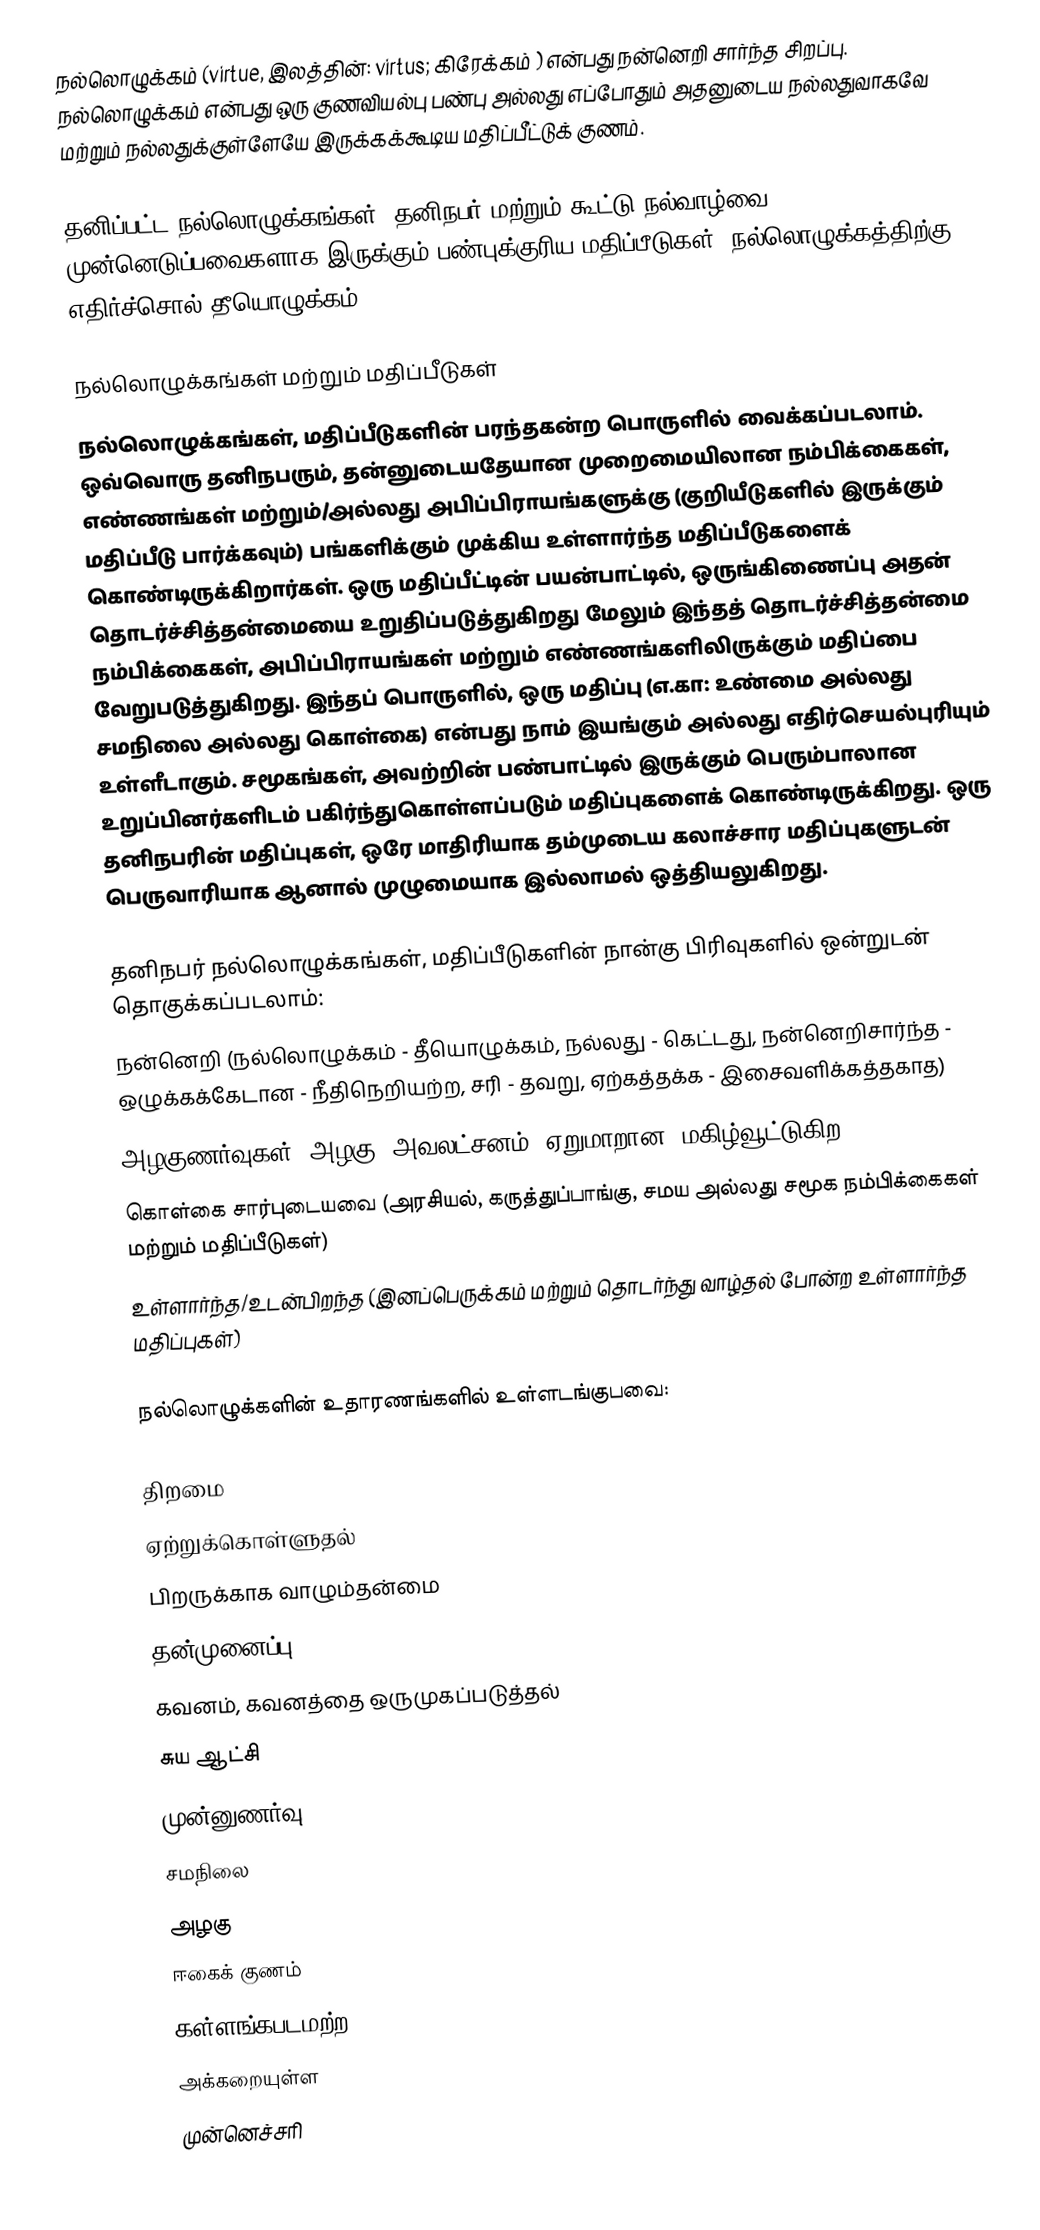
நல்லொழுக்கம் (virtue, இலத்தின்: virtus; கிரேக்கம் ) என்பது நன்னெறி சார்ந்த சிறப்பு. நல்லொழுக்கம் என்பது ஒரு குணவியல்பு பண்பு அல்லது எப்போதும் அதனுடைய நல்லதுவாகவே மற்றும் நல்லதுக்குள்ளேயே இருக்கக்கூடிய மதிப்பீட்டுக் குணம்.

தனிப்பட்ட நல்லொழுக்கங்கள், தனிநபர் மற்றும் கூட்டு நல்வாழ்வை முன்னெடுப்பவைகளாக இருக்கும் பண்புக்குரிய மதிப்பீடுகள். நல்லொழுக்கத்திற்கு எதிர்ச்சொல் தீயொழுக்கம்.

நல்லொழுக்கங்கள் மற்றும் மதிப்பீடுகள்
நல்லொழுக்கங்கள், மதிப்பீடுகளின் பரந்தகன்ற பொருளில் வைக்கப்படலாம். ஒவ்வொரு தனிநபரும், தன்னுடையதேயான முறைமையிலான நம்பிக்கைகள், எண்ணங்கள் மற்றும்/அல்லது அபிப்பிராயங்களுக்கு (குறியீடுகளில் இருக்கும் மதிப்பீடு பார்க்கவும்) பங்களிக்கும் முக்கிய உள்ளார்ந்த மதிப்பீடுகளைக் கொண்டிருக்கிறார்கள். ஒரு மதிப்பீட்டின் பயன்பாட்டில், ஒருங்கிணைப்பு அதன் தொடர்ச்சித்தன்மையை உறுதிப்படுத்துகிறது மேலும் இந்தத் தொடர்ச்சித்தன்மை நம்பிக்கைகள், அபிப்பிராயங்கள் மற்றும் எண்ணங்களிலிருக்கும் மதிப்பை வேறுபடுத்துகிறது. இந்தப் பொருளில், ஒரு மதிப்பு (எ.கா: உண்மை அல்லது சமநிலை அல்லது கொள்கை) என்பது நாம் இயங்கும் அல்லது எதிர்செயல்புரியும் உள்ளீடாகும். சமூகங்கள், அவற்றின் பண்பாட்டில் இருக்கும் பெரும்பாலான உறுப்பினர்களிடம் பகிர்ந்துகொள்ளப்படும் மதிப்புகளைக் கொண்டிருக்கிறது. ஒரு தனிநபரின் மதிப்புகள், ஒரே மாதிரியாக தம்முடைய கலாச்சார மதிப்புகளுடன் பெருவாரியாக ஆனால் முழுமையாக இல்லாமல் ஒத்தியலுகிறது.

தனிநபர் நல்லொழுக்கங்கள், மதிப்பீடுகளின் நான்கு பிரிவுகளில் ஒன்றுடன் தொகுக்கப்படலாம்:
 நன்னெறி (நல்லொழுக்கம் - தீயொழுக்கம், நல்லது - கெட்டது, நன்னெறிசார்ந்த - ஒழுக்கக்கேடான - நீதிநெறியற்ற, சரி - தவறு, ஏற்கத்தக்க - இசைவளிக்கத்தகாத)
 அழகுணர்வுகள் (அழகு, அவலட்சனம், ஏறுமாறான, மகிழ்வூட்டுகிற)
 கொள்கை சார்புடையவை (அரசியல், கருத்துப்பாங்கு, சமய அல்லது சமூக நம்பிக்கைகள் மற்றும் மதிப்பீடுகள்)
 உள்ளார்ந்த/உடன்பிறந்த (இனப்பெருக்கம் மற்றும் தொடர்ந்து வாழ்தல் போன்ற உள்ளார்ந்த மதிப்புகள்)

நல்லொழுக்களின் உதாரணங்களில் உள்ளடங்குபவை:

 திறமை
 ஏற்றுக்கொள்ளுதல்
 பிறருக்காக வாழும்தன்மை
 தன்முனைப்பு
 கவனம், கவனத்தை ஒருமுகப்படுத்தல்
 சுய ஆட்சி
 முன்னுணர்வு
 சமநிலை
 அழகு
 ஈகைக் குணம்
 கள்ளங்கபடமற்ற
 அக்கறையுள்ள
 முன்னெச்சரி